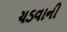
ચડવાની